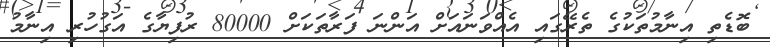
ބޮޑެތި އިނާމުތަކުގެ ތެރޭގައި އެއްވަނައަށް އަންނަ ފަރާތަކަށް 80000 ރުފިޔާގެ އަގުހުރި އިނާމު